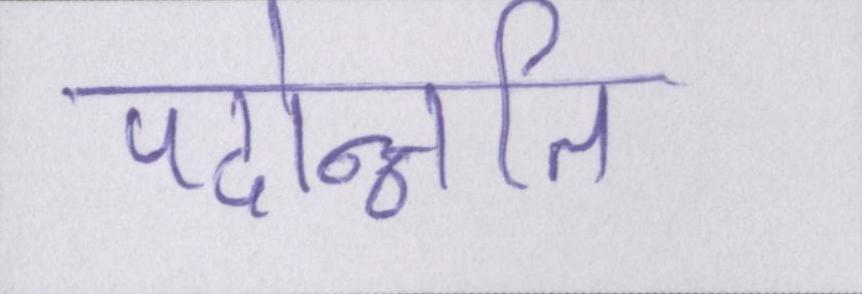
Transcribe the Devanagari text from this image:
पदोन्नति